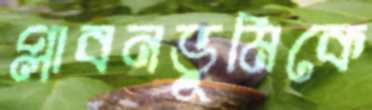
প্লাবনভূমিকে